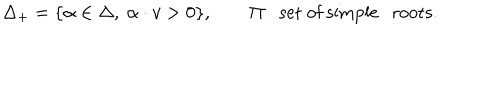
LaTeX: \Delta _ { + } = \{ \alpha \in \Delta , \ \alpha \cdot v > 0 \} , \qquad \Pi : \mathrm { s e t ~ o f ~ s i m p l e ~ r o o t s } .